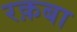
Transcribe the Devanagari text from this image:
रक़बा